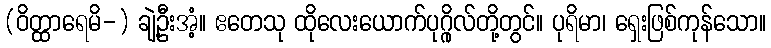
(ဝိတ္ထာရေမိ-) ချဲ့ဦးအံ့။ ဧတေသု ထိုလေးယောက်ပုဂ္ဂိုလ်တို့တွင်။ ပုရိမာ၊ ရှေးဖြစ်ကုန်သော။